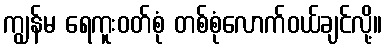
ကျွန်မ ရေကူးဝတ်စုံ တစ်စုံလောက်ဝယ်ချင်လို့။